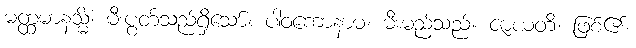
မတ္ထမာနသ္မိံ၊ မီးပွတ်သည်ရှိသော်။ ပါဝကောနာမ၊ မီးမည်သည်။ ဇာယတိ၊ ဖြစ်၏။